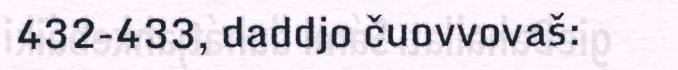
432-433, daddjo čuovvovaš: